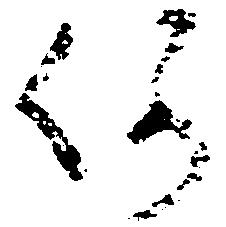
何